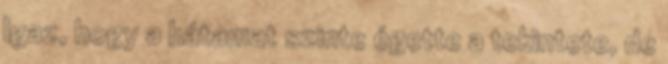
Igaz, hogy a hátamat szinte égette a tekintete, de